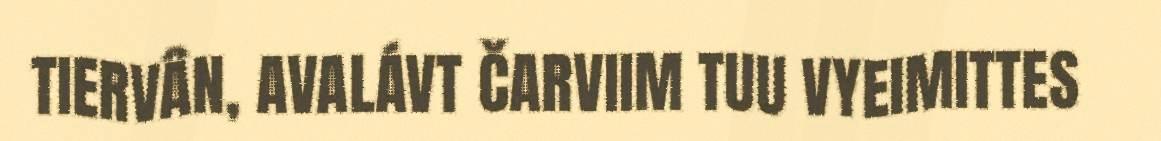
TIERVÂN, AVALÁVT ČARVIIM TUU VYEIMITTES